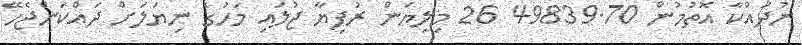
ނުދައްކާ އޮތުމުން 49839.70 26 މިލިޔަން ރުފިޔާ ޖުލައި މަހުގެ ނިޔަލަށް ދައްކަންޖެހޭ